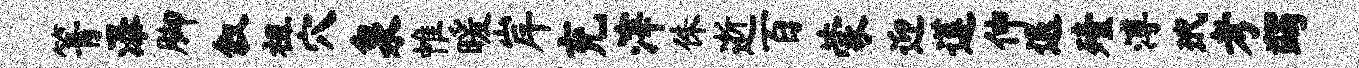
箐瀑脚叙祖穴泉帷暖岸充滓侏逝百蒙迎莲伸退殪溥玳考蠲